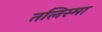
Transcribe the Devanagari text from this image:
तलिस्मा